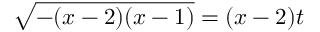
{ \sqrt { - ( x - 2 ) ( x - 1 ) } } = ( x - 2 ) t